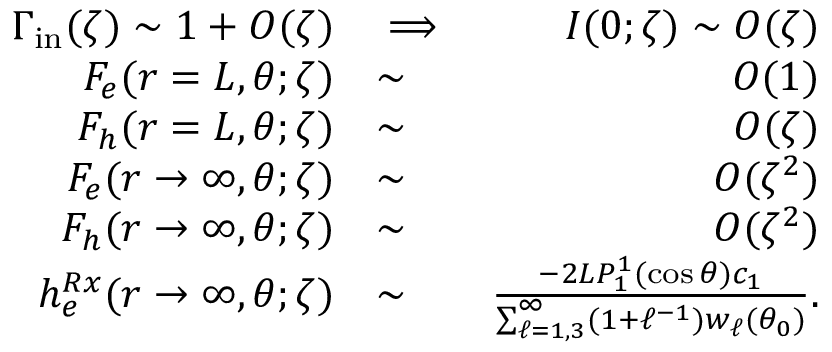
\begin{array} { r l r } { \Gamma _ { \mathrm { i n } } ( \zeta ) \sim 1 + O ( \zeta ) } & { \implies } & { I ( 0 ; \zeta ) \sim O ( \zeta ) } \\ { F _ { e } ( r = L , \theta ; \zeta ) } & { \sim } & { O ( 1 ) } \\ { F _ { h } ( r = L , \theta ; \zeta ) } & { \sim } & { O ( \zeta ) } \\ { F _ { e } ( r \to \infty , \theta ; \zeta ) } & { \sim } & { O ( \zeta ^ { 2 } ) } \\ { F _ { h } ( r \to \infty , \theta ; \zeta ) } & { \sim } & { O ( \zeta ^ { 2 } ) } \\ { h _ { e } ^ { R x } ( r \to \infty , \theta ; \zeta ) } & { \sim } & { \frac { - 2 L P _ { 1 } ^ { 1 } ( \cos \theta ) c _ { 1 } } { \sum _ { \ell = 1 , 3 } ^ { \infty } ( 1 + \ell ^ { - 1 } ) w _ { \ell } ( \theta _ { 0 } ) } . } \end{array}